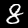
Label: 8